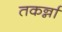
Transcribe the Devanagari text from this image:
तकर्न्ना